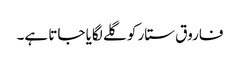
فاروق ستار کو گلے لگایا جاتا ہے۔